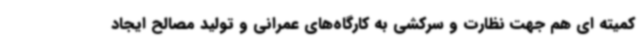
کمیته ای هم جهت نظارت و سرکشی به کارگاه‌های عمرانی و تولید مصالح ایجاد